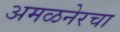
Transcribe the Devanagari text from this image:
अमळनेरचा